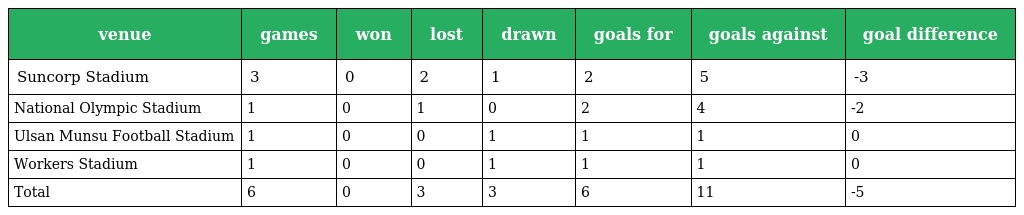
| venue | games | won | lost | drawn | goals for | goals against | goal difference |
 | --- | --- | --- | --- | --- | --- | --- | --- |
 | Suncorp Stadium | 3 | 0 | 2 | 1 | 2 | 5 | -3 |
 | National Olympic Stadium | 1 | 0 | 1 | 0 | 2 | 4 | -2 |
 | Ulsan Munsu Football Stadium | 1 | 0 | 0 | 1 | 1 | 1 | 0 |
 | Workers Stadium | 1 | 0 | 0 | 1 | 1 | 1 | 0 |
 | Total | 6 | 0 | 3 | 3 | 6 | 11 | -5 |